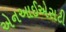
એનઆઈએસટી